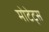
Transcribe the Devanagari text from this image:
मोटेट्स